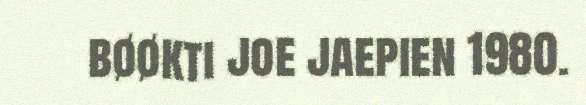
bøøkti joe jaepien 1980.